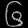
Digit: ၆